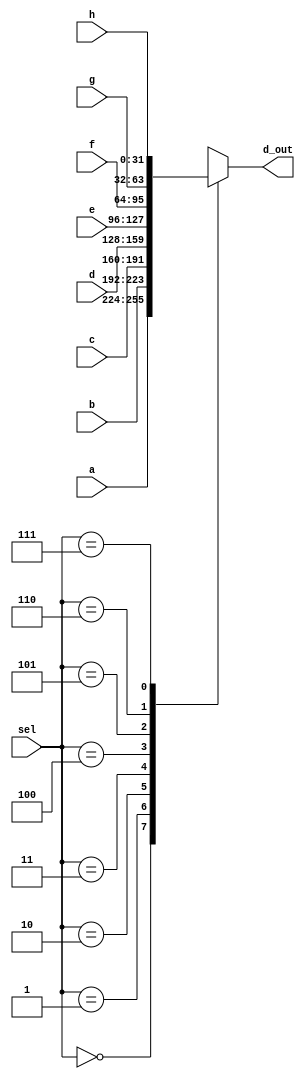
module _8_to_1_MUX(a,b,c,d,e,f,g,h,sel,d_out);							//declare 8_to_1 MUX module
	input [31:0] a,b,c,d,e,f,g,h;												//set input
	input [2:0] sel;																//set input
	output reg [31:0] d_out;													//set output
	
	always@ (sel,a,b,c,d,e,f,g,h) begin										//always sel,a,b,c,d,e,f,g,h is changed
		case(sel)																	//if sel is...
			3'b000: d_out <= a;													//000, d_out is a
			3'b001: d_out <= b;													//001, d_out is b
			3'b010: d_out <= c;													//010, d_out is c
			3'b011: d_out <= d;													//011, d_out is d
			3'b100: d_out <= e;													//100, d_out is e
			3'b101: d_out <= f;													//101, d_out is f
			3'b110: d_out <= g;													//110, d_out is g
			3'b111: d_out <= h;													//111, d_out is h
			default: d_out = 32'hx;												//default d_out is xxxx_xxxx
		endcase																		
	end
endmodule																			//end